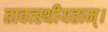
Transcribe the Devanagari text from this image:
तावत्स्थीयताम्।